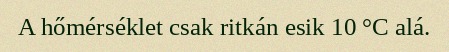
A hőmérséklet csak ritkán esik 10 °C alá.